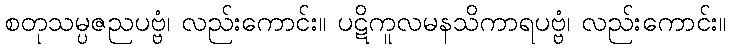
စတုသမ္ပဇညပဗ္ဗံ၊ လည်းကောင်း။ ပဋိကူလမနသိကာရပဗ္ဗံ၊ လည်းကောင်း။